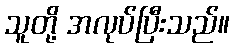
သူတို့ အလုပ်ပြီးသည်။